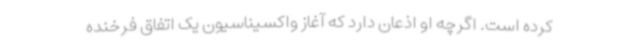
کرده است. اگرچه او اذعان دارد که آغاز واکسیناسیون یک اتفاق فرخنده